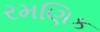
રમણિક